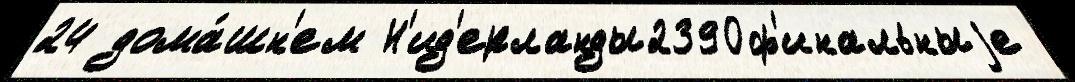
24 дома́шн'ем Н'ид'ерланды2390ф'инальныjе